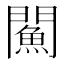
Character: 𨶢